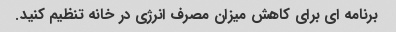
برنامه ای برای کاهش میزان مصرف انرژی در خانه تنظیم کنید.